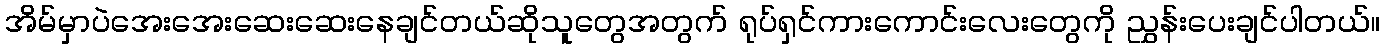
အိမ်မှာပဲအေးအေးဆေးဆေးနေချင်တယ်ဆိုသူတွေအတွက် ရုပ်ရှင်ကားကောင်းလေးတွေကို ညွှန်းပေးချင်ပါတယ်။